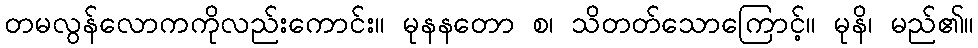
တမလွန်လောကကိုလည်းကောင်း။ မုနနတော စ၊ သိတတ်သောကြောင့်။ မုနိ၊ မည်၏။